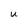
Character: u